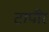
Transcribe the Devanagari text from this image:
टापीर